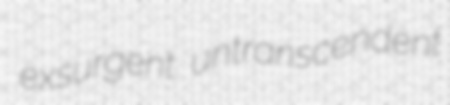
exsurgent untranscendent